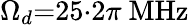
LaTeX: \Omega_{d}{=}25{\cdot}2\pi\ \mathrm{MHz}